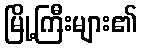
မြို့ကြီးများ၏